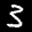
Label: 3